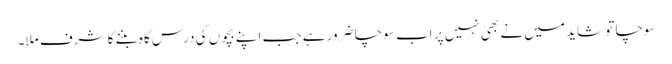
سوچا تو شاید میں نے بھی نہیں پر اب سوچا ضرور ہے جب اپنے بچوں کی درس گاہ بننے کا شرف ملا۔